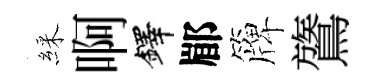
綵啊鐸郿簰鷟